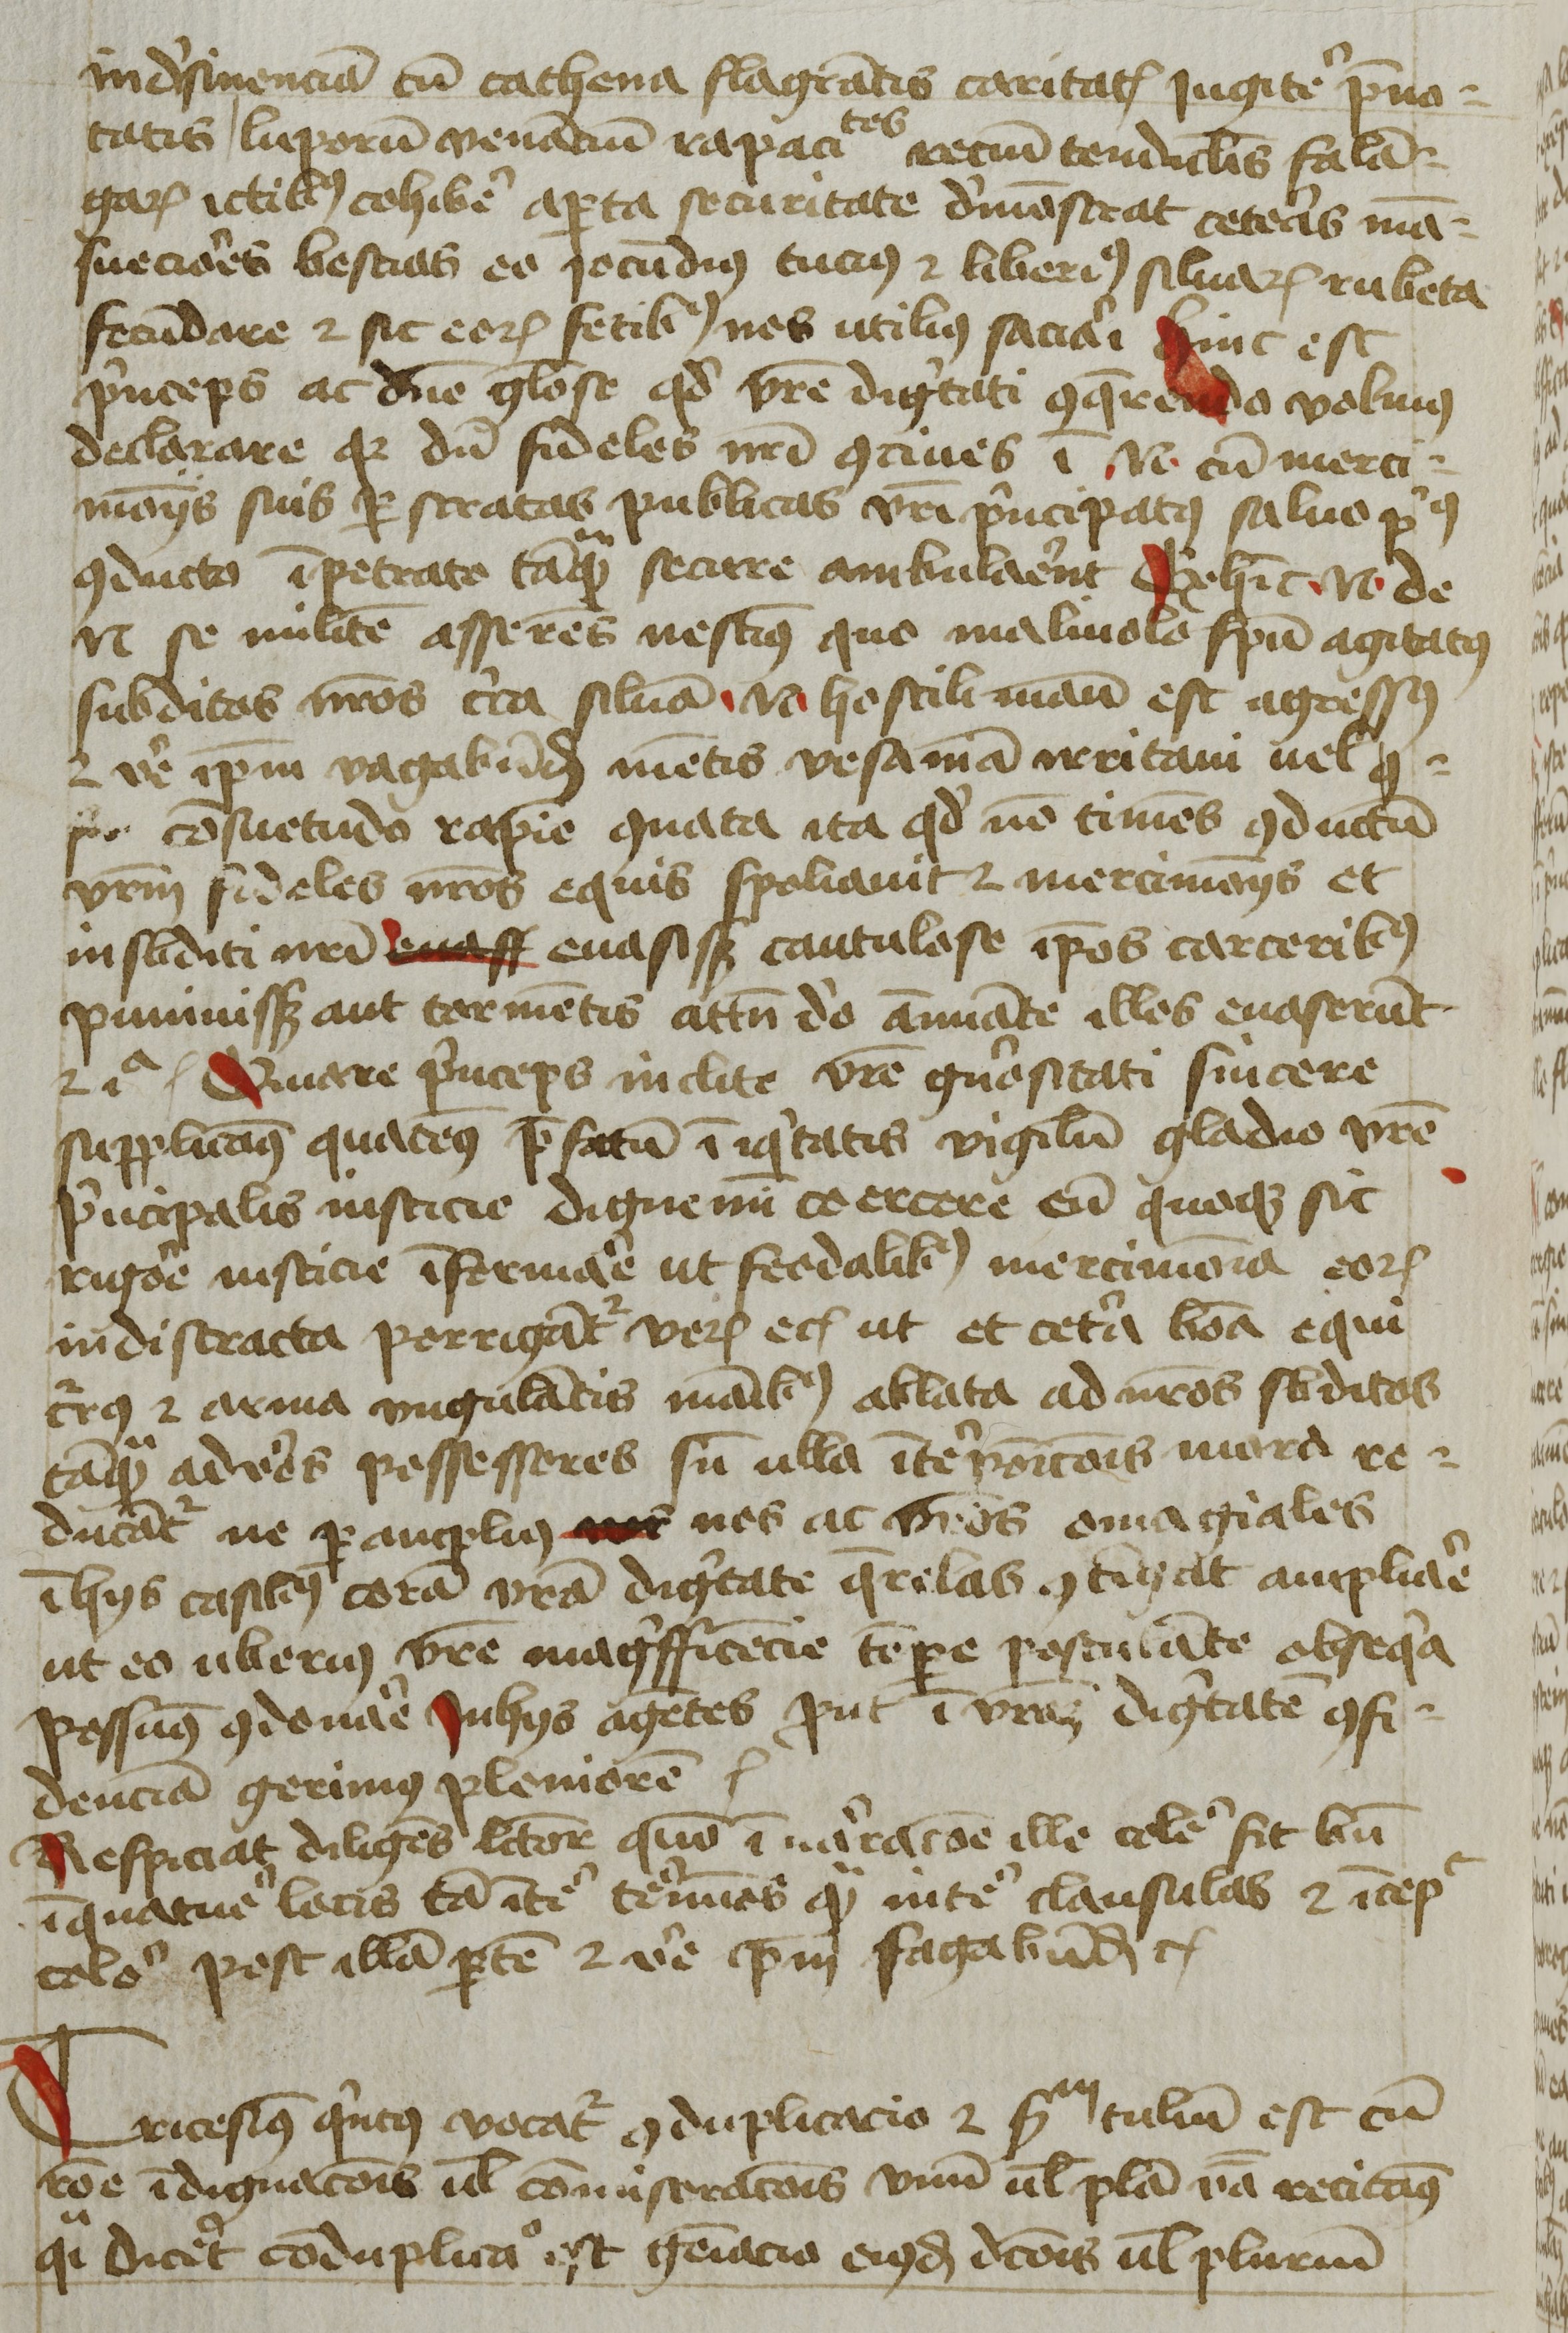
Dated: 1425–1449